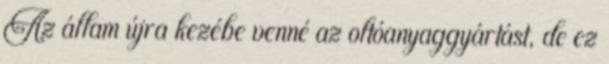
Az állam újra kezébe venné az oltóanyaggyártást, de ez